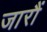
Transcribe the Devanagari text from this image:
जारौं